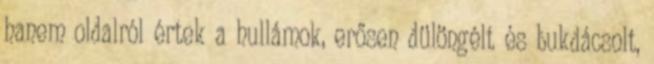
hanem oldalról értek a hullámok, erősen dülöngélt és bukdácsolt,